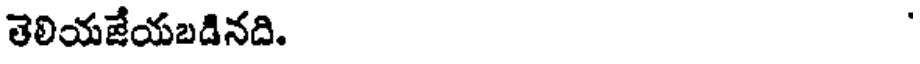
తెలియజేయబడినది.